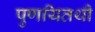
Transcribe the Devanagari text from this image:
पुणयितथी